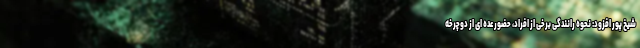
شیخ پور افزود: نحوه رانندگی برخی از افراد، حضور عده ای از دوچرخه